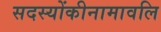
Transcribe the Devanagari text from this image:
सदस्योंकीनामावलि